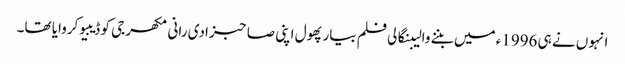
انہوں نے ہی 1996ء میں بننے والیبنگالی فلم بیار پھول اپنی صاحبزادی رانی مکھرجی کو ڈیبیو کروایا تھا۔